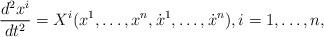
LaTeX: \begin{align*} \frac{d^2x^i}{dt^2}=X^i(x^1,\ldots,x^n,\dot x^1,\ldots,\dot x^n), i=1,\ldots,n, \end{align*}